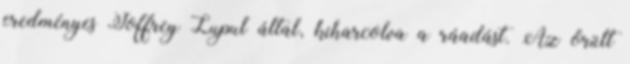
eredményes Joffrey Lupul által, kiharcolva a ráadást. Az őrült